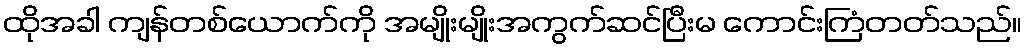
ထိုအခါ ကျန်တစ်ယောက်ကို အမျိုးမျိုးအကွက်ဆင်ပြီးမ ကောင်းကြံတတ်သည်။